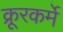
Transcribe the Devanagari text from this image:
क्रूरकर्मे